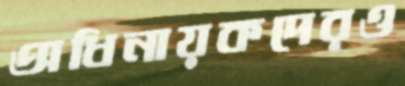
অধিনায়কদেরও